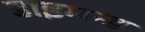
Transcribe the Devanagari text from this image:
डाइमन्ड